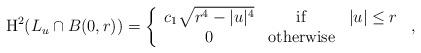
LaTeX: \begin{align*} \mathrm{H}^2(L_u \cap B(0,r)) = \left\{ \begin{array}{ccc} c_1 \sqrt{r^4-|u|^4} & \mathrm{if} & |u| \leq r \\ 0 & \mathrm{otherwise} & \end{array} \right.\,,\end{align*}